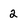
Character: 2